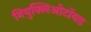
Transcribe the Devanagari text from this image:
नियुक्लिओटॉयड